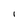
Character: l